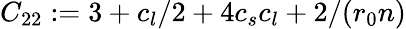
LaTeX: C_{22}:=3+c_{l}/2+4c_{s}c_{l}+2/(r_{0}n)